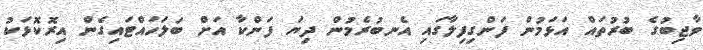
ވާޖިބުގެ ބުރުތައް އަޅަމުން ފަންގިފިލާގައި އެނބުރެމުން ދިޔަ ފަންކާ އަށް ބަލަހައްޓައިގެން އިރޮކޮޅަކު